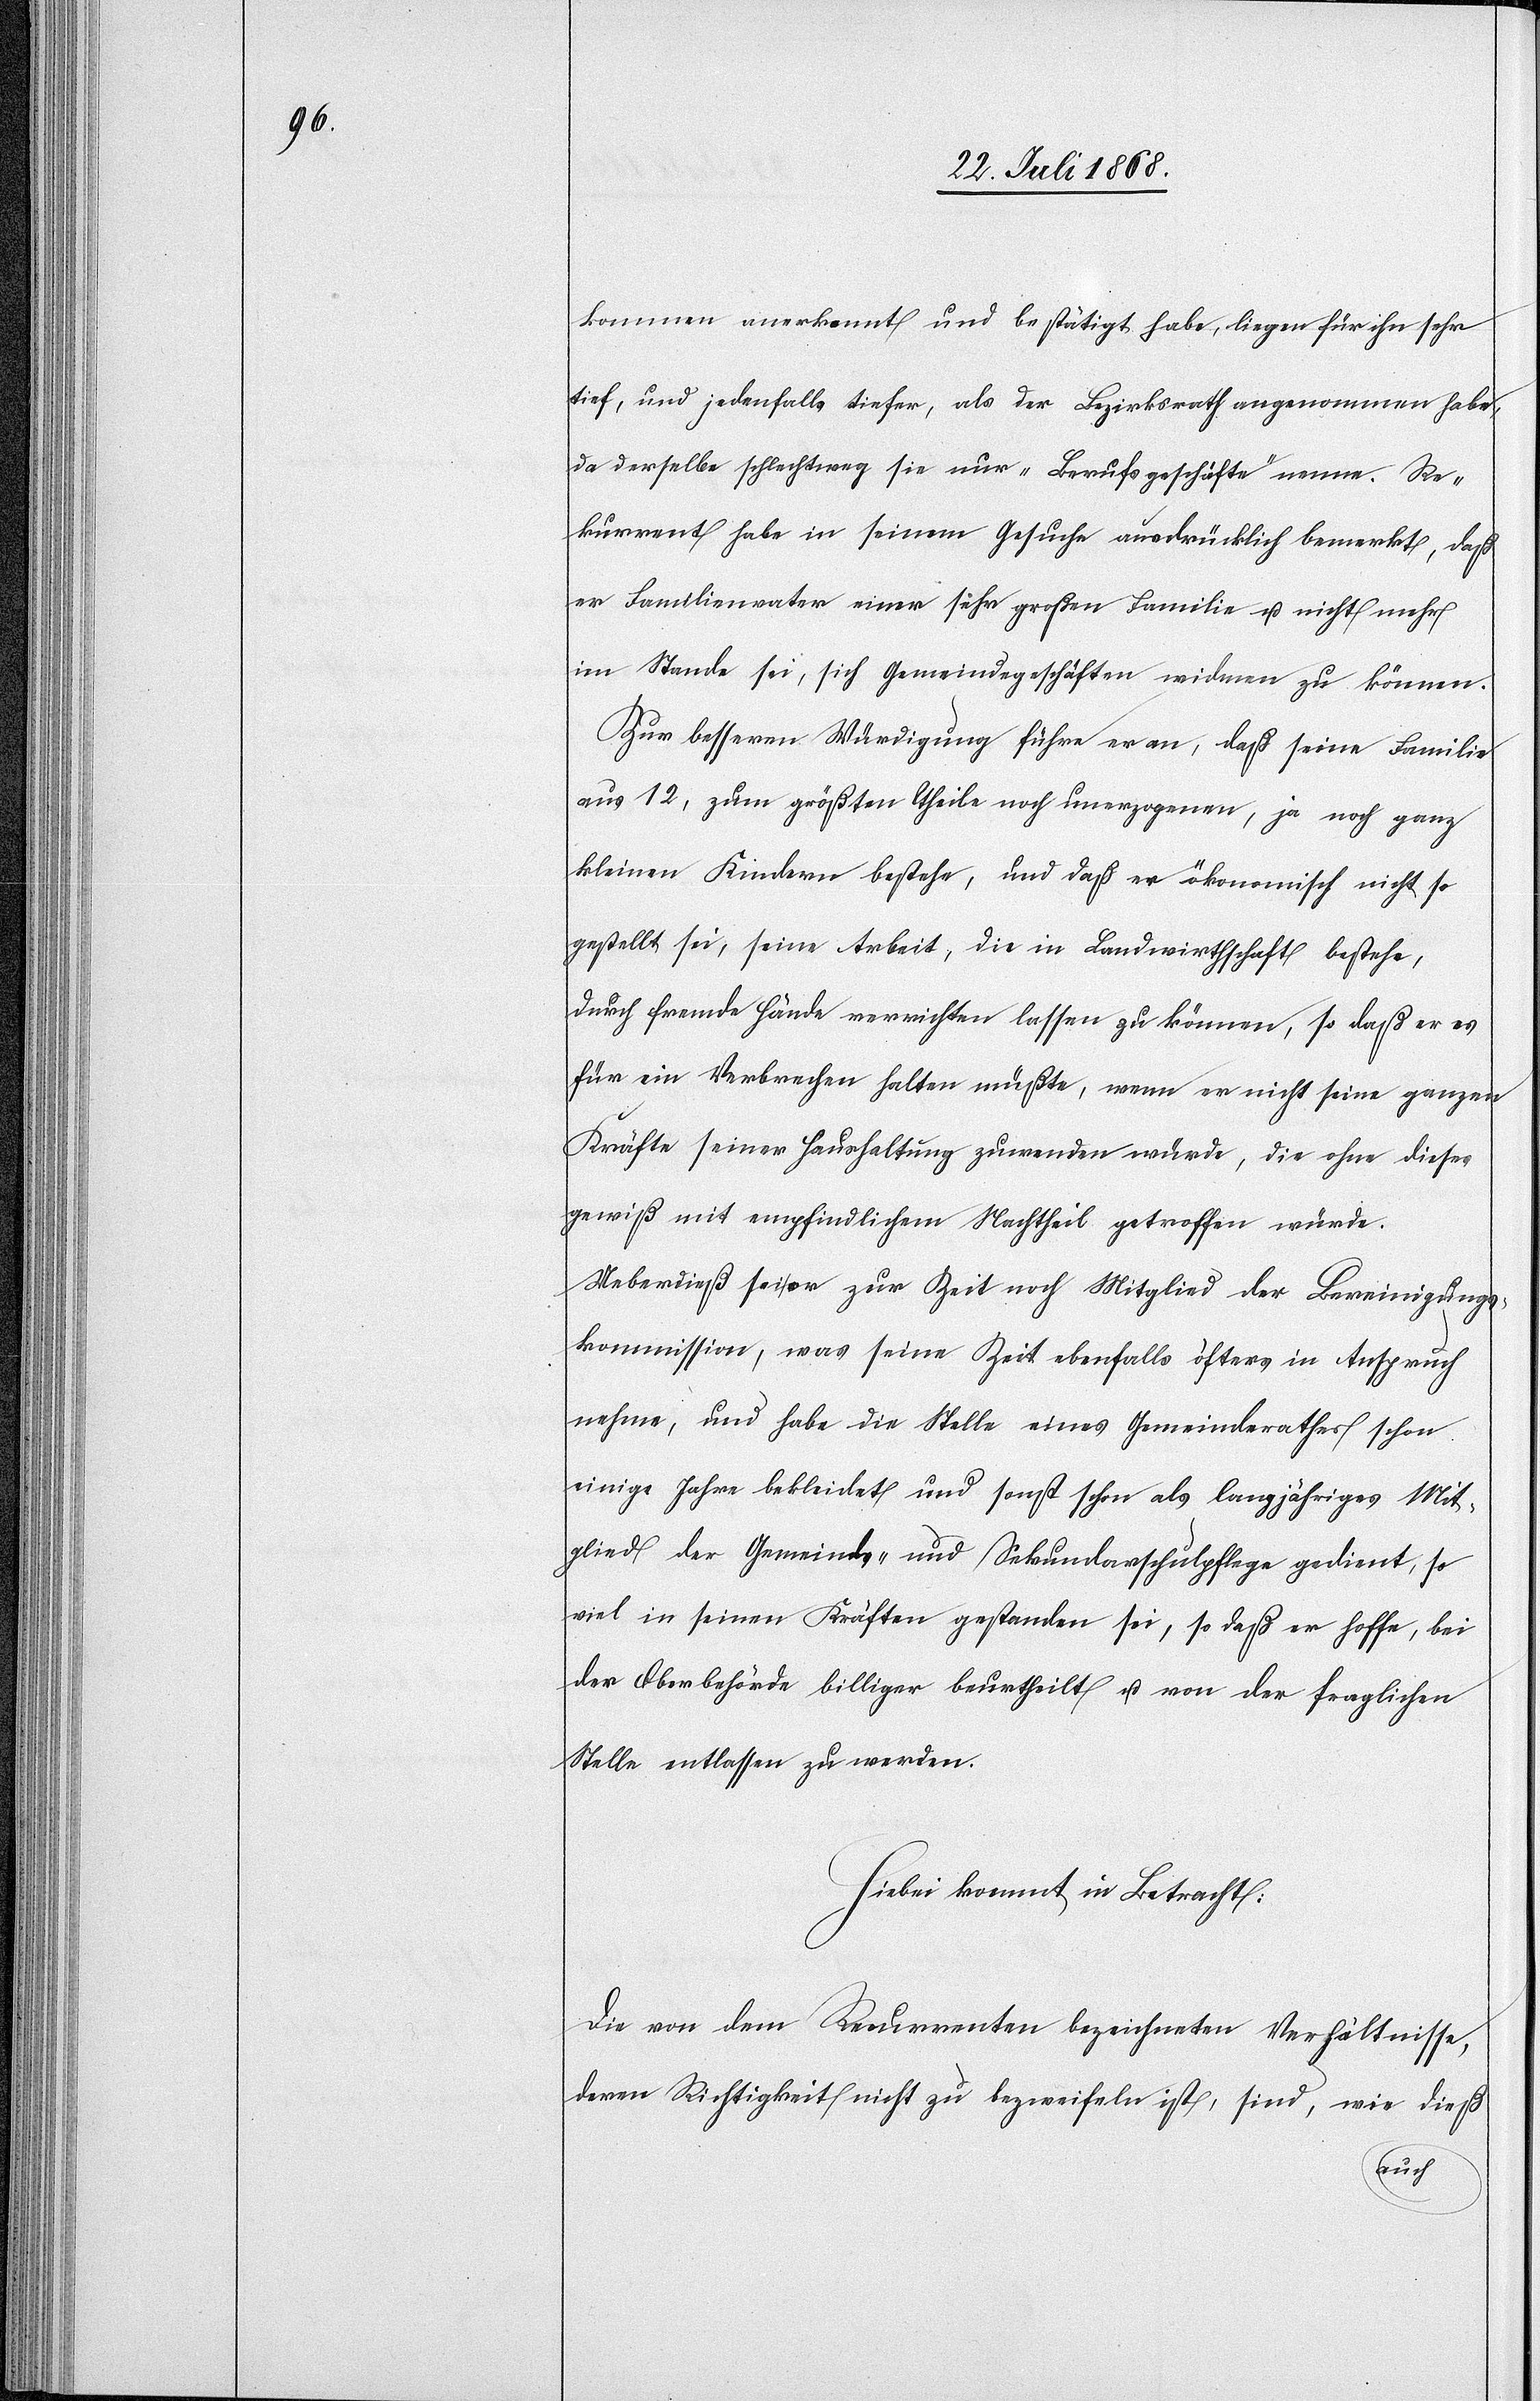
kommen anerkannt und bestätigt habe, liegen für ihn sehr
tief, und jedenfalls tiefer, als der Bezirksrath angenommen habe,
da derselbe schlechtweg sie nur „Berufsgeschäfte“ nenne. Re¬
kurrent habe in seinem Gesuche ausdrücklich bemerkt, daß
er Familienvater einer sehr großen Familie u. nicht mehr
im Stande sei, sich Gemeindegeschäften widmen zu können.
Zur besseren Würdigung führe er an, daß seine Familie
aus 12, zum größten Theile noch unerzogenen, ja noch ganz
kleinen Kindern bestehe, und daß er ökonomisch nicht so
gestellt sei, seine Arbeit, die in Landwirthschaft bestehe,
durch fremde Hände verrichten lassen zu können, so daß er es
für ein Verbrechen halten müßte, wenn er nicht seine ganzen
Kräfte seiner Haushaltung zuwenden würde, die ohne dieses
gewiß mit empfindlichem Nachtheil getroffen würde.
Ueberdieß sei er zur Zeit noch Mitglied der Bereinigungs¬
kommission, was seine Zeit ebenfalls öfters in Anspruch
nehme, und habe die Stelle eines Gemeinderathes schon
einige Jahre bekleidet und sonst schon als langjähriges Mit¬
glied der Gemeinds- und Sekundarschulpflege gedient, so
viel in seinen Kräften gestanden sei, so daß er hoffe, bei
der Oberbehörde billiger beurtheilt u. von der fraglichen
Stelle entlassen zu werden.
Hiebei kommt in Betracht:
Die von dem Rekurrenten bezeichneten Verhältnisse,
deren Richtigkeit nicht zu bezweifeln ist, sind, wie dieß